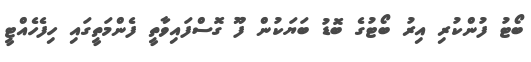
ބޯޓު ފުންކުރި އިރު ބޯޓުގެ ބޮޑު ބަޔަކުން ފޫ ގޮސްފައިވާތީ ފެންމަތީގައި ހިފެހެއްޓީ